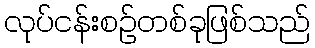
လုပ်ငန်းစဉ်တစ်ခုဖြစ်သည်